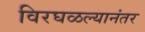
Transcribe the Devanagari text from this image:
विरघळल्यानंतर